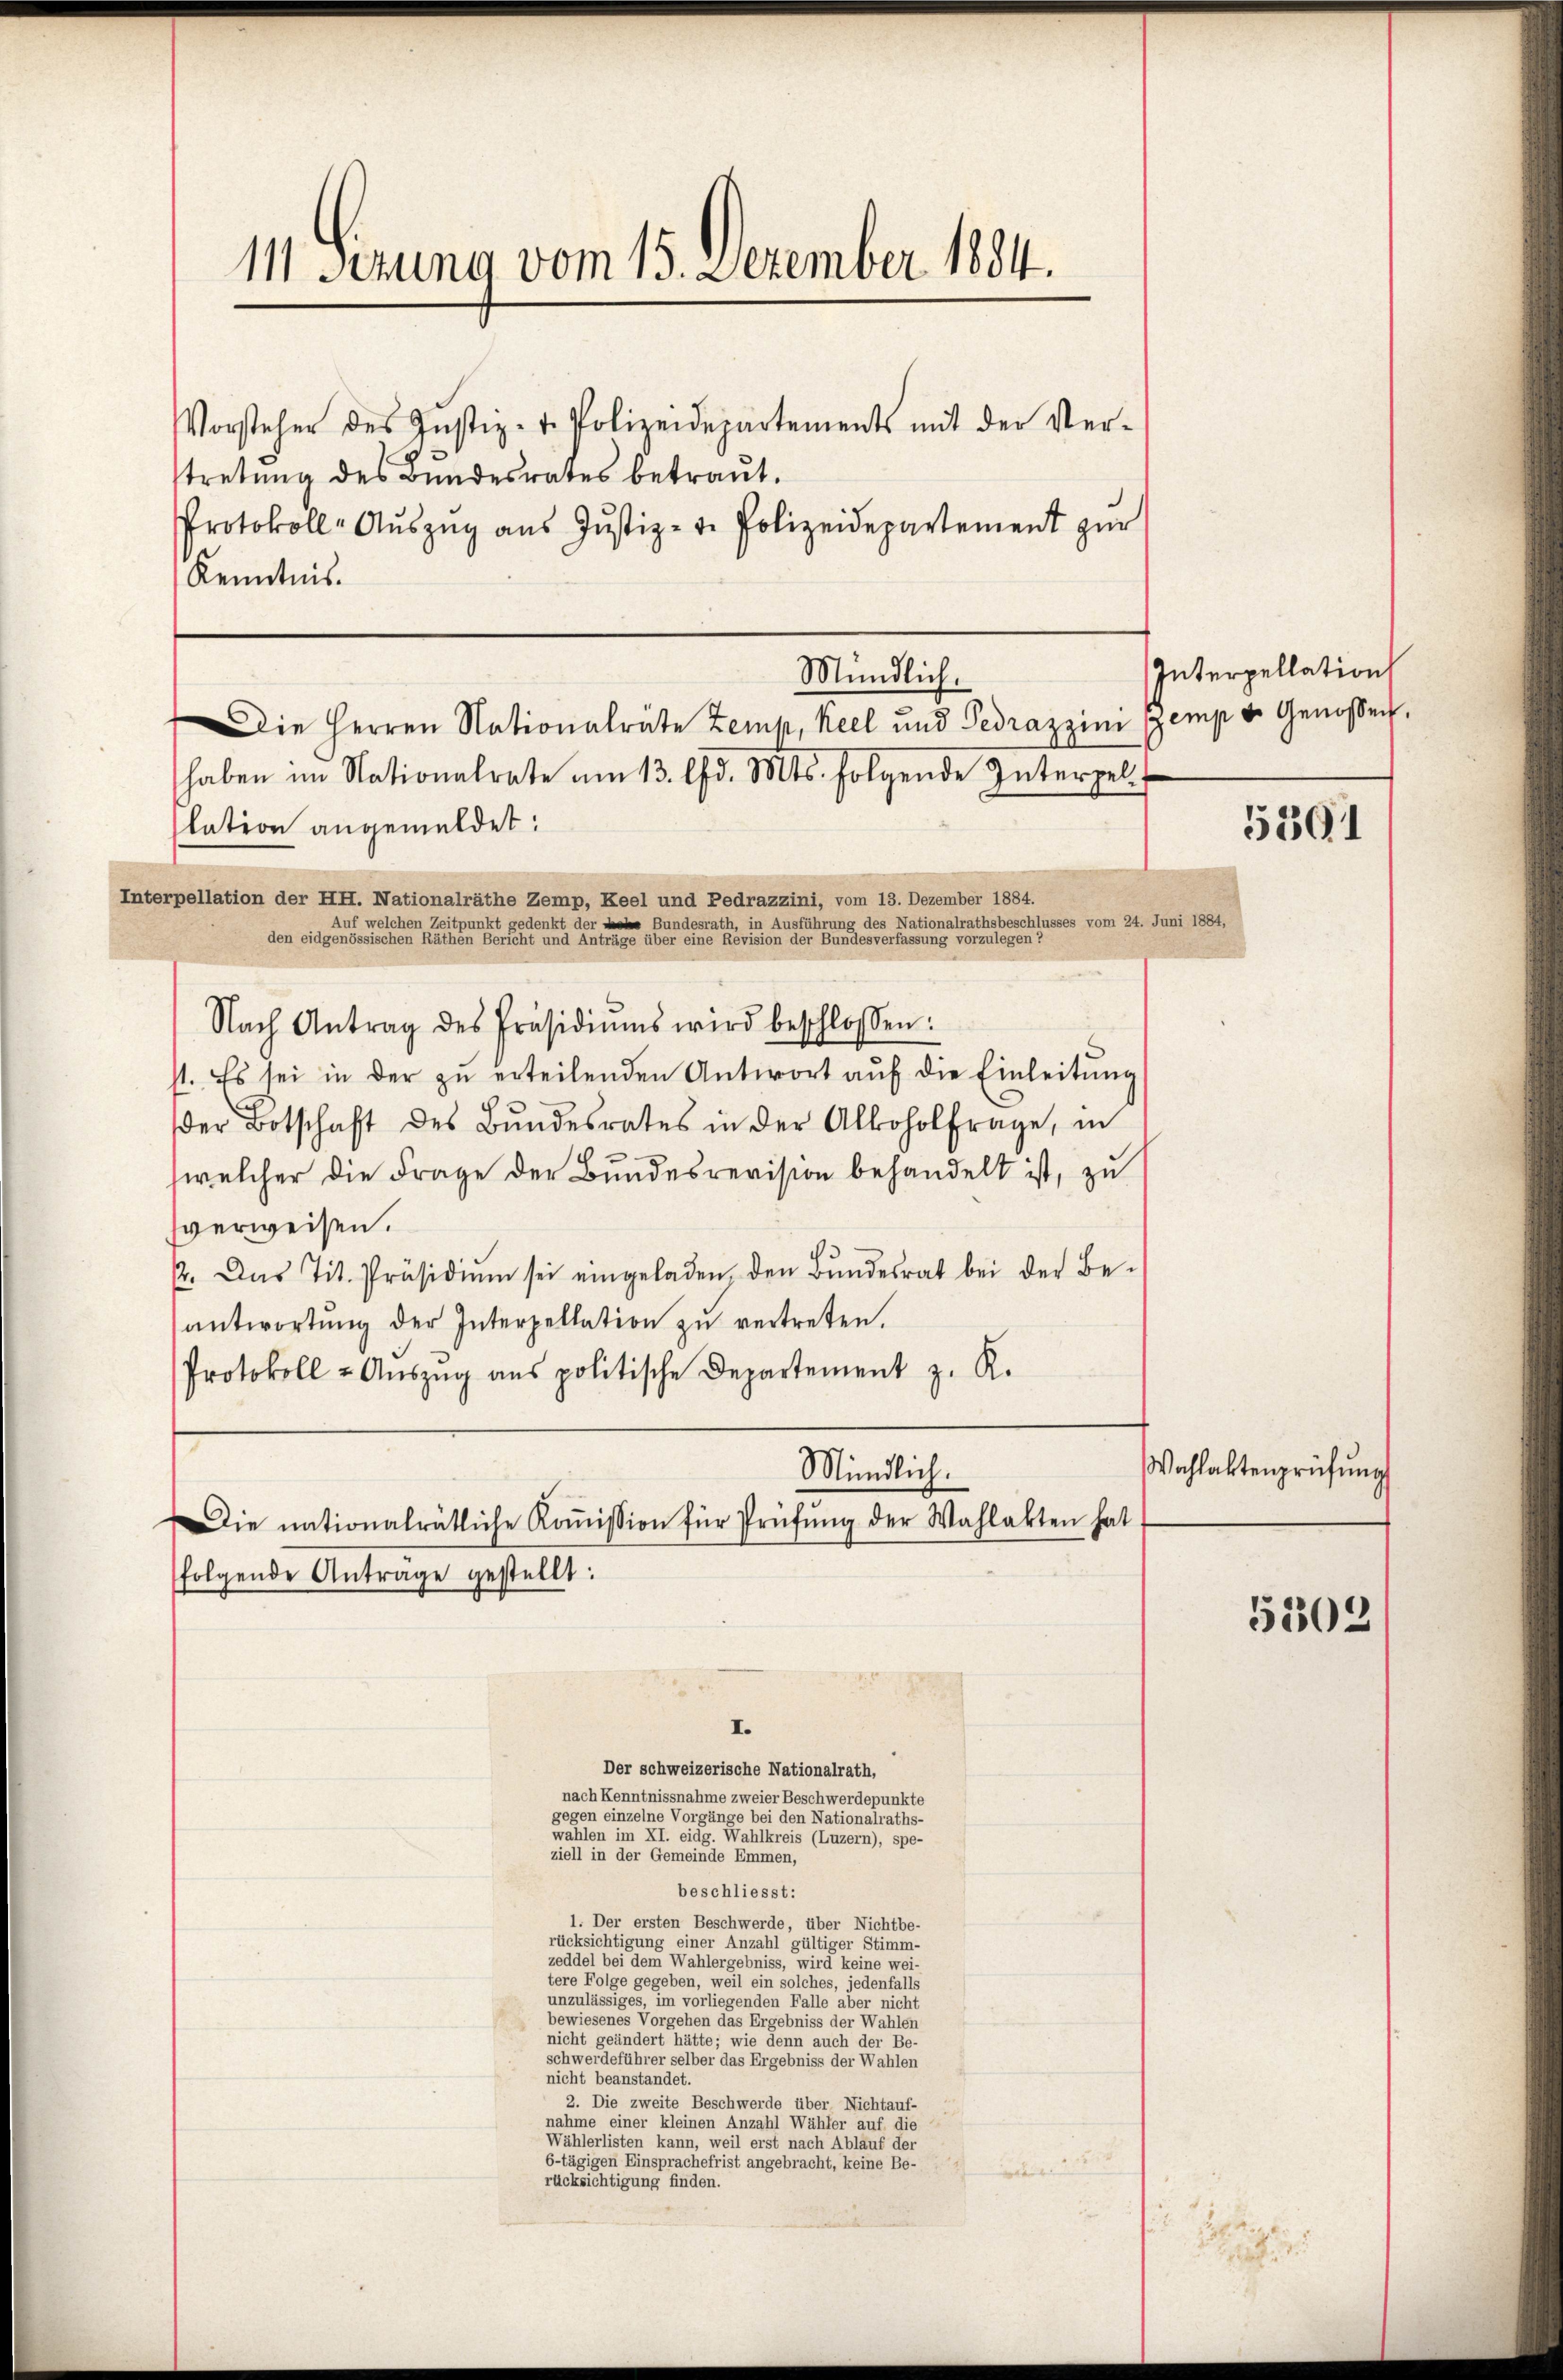
111. Serung vom 15. Dezember 1884.

Vorsteher des Justiz- u. Polizeidepartements mit der Ver-
stretung des Bundesrates betraut.
Protokoll-Aŭszŭg aŭs Jŭstiz- u. Polizeidepartement zŭr
Kenntnis.
haben im Nationalrate am 13. d. Mts. folgende Interpel
lation angemeldet:
Interpellation der HH. Nationalräthe Zemp, Keel und Pedrazzini, vom 13. Dezember 1884.
Auf welchen Zeitpunkt gedenkt der L Bundesrath, in Ausführung des Nationalrathsbeschlusses vom 24. Juni 1.
den eidgenössischen Rathe einen Berichten und Antrage über eine Revision der Bundesverfassung vorzulegen?
Nach Antrag des Präsidiŭms wird beschlossen:
st. Es sei in der zu erteilenden Antwort auf die Einleitung
der Botschaft des Bŭndesrates in der Alkoholfrage, in
welcher die Frage der Bundesrevision behandelt ist, zu
sverweisen.
p. Das Tit. Präsidiŭm sei eingeladen den Bŭndesrat bei der Be-
antwortŭng der Interpellation zŭ vertreten.
Protokoll u Aŭszŭg ans politische Departement z. R.
Mündlich.
Die nationalrätliche Koṁission für Prüfŭng der Wahlakten hat
folgende Antrage gestellt:
I.
Der schweizerische Nationalrath,
nach Kenntnissnahme zweier Beschwerdepunkte
gegen einzelne Vorgänge bei den Nationalraths-
walden in eine er eidg. Wahlkreis (Luzern), spe-
zielle in der Gemeinde Emmen,
beschliesst:
1. Der ersten Beschwerde, über Nichtbe-
rücksichtigung einer all gültiger Stimm
zeddel bei dem Wahlergebniss, wird keine wei-
tere Folge gegeben, weil ein solches, jedenfalls
unzulässiges, im vorliegenden Fallen seinen eine eine
bewiesenes Vorgehen das Ergebniss der Wahlen

schwerdeführer selber das Ergebniss der Wahlen
nicht beanstandet.
2. Die zweite Beschwerde über Nichtauf-
nahme einer kleinen Anzahl Wähler auf die
Wählerlisten kann, weiten eines nach Ablauf der
Entgegen eine frist angebracht, keine Be-
rücksichtigung finden.
f

Mündlich.
Die Herren Nationalräte Zeit, Keel und Gedrazzin zemp u. Genossen,

Interpellation

5301

Wachlaktenprüfung

5302/